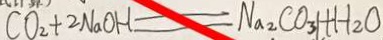
C O _ { 2 } + 2 N a O H = N a _ { 2 } C O _ { 3 } l + H _ { 2 } O